Report of the King Institute of Preventive Medicine, Guindy
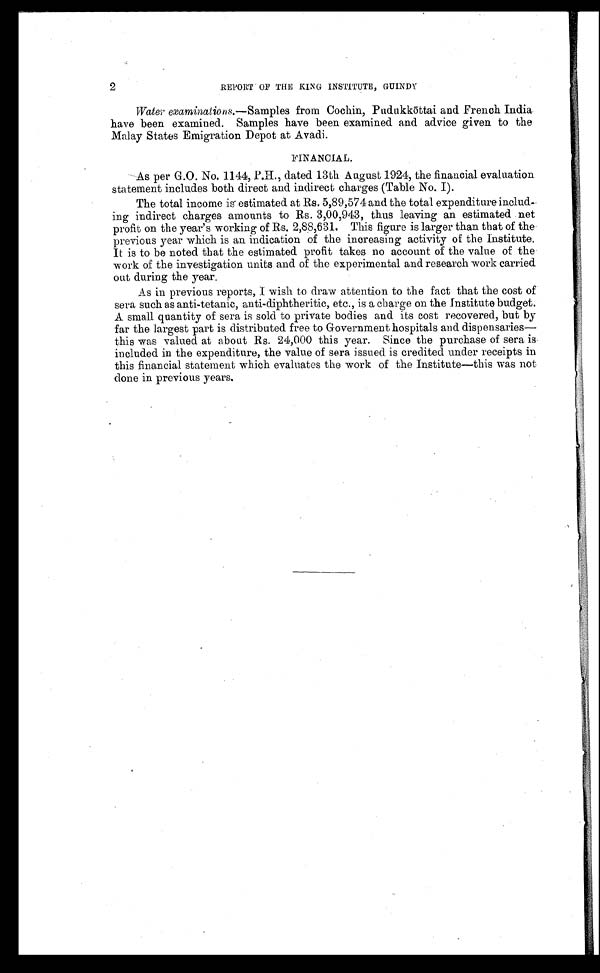
2
REPORT OF THE KING INSTITUTE, GUINDY
Water examinations. —Samples from Cochin, Pudukkōttai and French India
have been examined. Samples have been examined and advice given to the
Malay States Emigration Depot at Avadi.
FINANCIAL.
As per G.O. No. 1144, P.H., dated 13th August 1924, the financial evaluation
statement includes both direct and indirect charges (Table No. I).
The total income is estimated at Rs. 5,89,574 and the total expenditure in
c l u d -
ing indirect charges amounts to Rs. 3,00,943, thus leaving an estimated net
profit on the year's working of Rs. 2,88,631. This figure is larger than that of the
previous year which is an indication of the increasing activity of the Institute.
It is to be noted that the estimated profit takes no account of the value of the
work of the investigation units and of the experimental and research work carried
out during the year.
As in previous reports, I wish to draw attention to the fact that the cost of
sera such as anti-tetanic, anti-diphtheritic, etc., is a charge on the Institute budget.
A small quantity of sera is sold to private bodies and its cost recovered, but by
far the largest part is distributed free to Government hospitals and dispensaries—
this was valued at about Rs. 24,000 this year. Since the purchase of sera is
included in the expenditure, the value of sera issued is credited under receipts in
this financial statement which evaluates the work of the Institute—this was not
done in previous years.